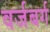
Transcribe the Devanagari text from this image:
वर्जबर्ग